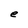
Character: e